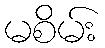
မစိမ်း